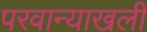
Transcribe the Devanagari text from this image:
परवान्याखली